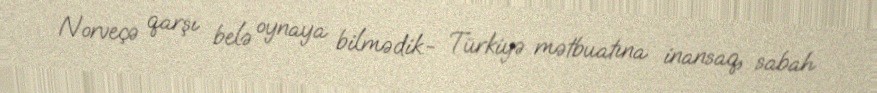
Norveçə qarşı belə oynaya bilmədik.- Türkiyə mətbuatına inansaq, sabah